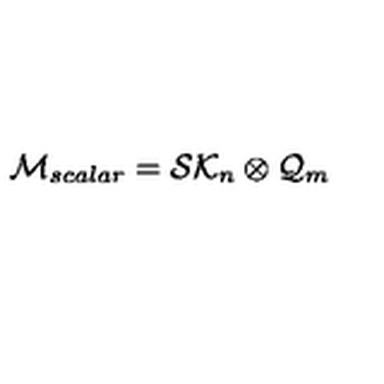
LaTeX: { \cal M } _ { s c a l a r } = { \cal S K } _ { n } \otimes { \cal Q } _ { m }